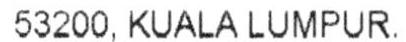
53200, KUALA LUMPUR